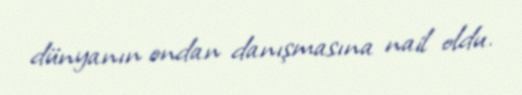
dünyanın ondan danışmasına nail oldu.